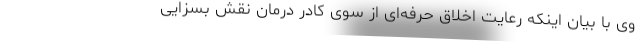
وی با بیان اینکه رعایت اخلاق حرفه‌ای از سوی کادر درمان نقش بسزایی